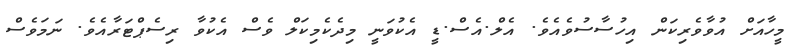
މީހާއަށް އުވާވެރިކަން އިހުސާސުވެއެވެ. އެލް.އެސް.ޑީ އެކުވަނީ މިދެކެމިކަލް ވެސް އެކުވާ ރިސެޕްޓަރާއެވެ. ނަމަވެސް